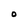
Character: 0